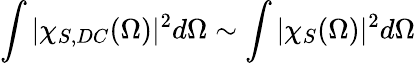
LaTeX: \int|\chi_{S,DC}(\Omega)|^{2}d\Omega\sim\int|\chi_{S}(\Omega)|^{2}d\Omega